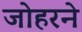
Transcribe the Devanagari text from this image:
जोहरने